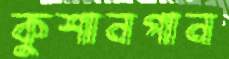
কুশানগান